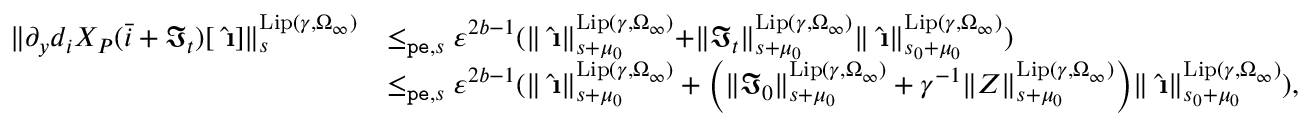
\begin{array} { r l } { \rVert \partial _ { y } d _ { i } X _ { P } ( \bar { i } + \mathfrak { I } _ { t } ) [ \hat { \textbf { \i } } ] \rVert _ { s } ^ { \mathrm { L i p } ( \gamma , \Omega _ { \infty } ) } } & { \le _ { \mathtt { p e } , s } \varepsilon ^ { 2 b - 1 } ( \rVert \hat { \textbf { \i } } \rVert _ { s + \mu _ { 0 } } ^ { \mathrm { L i p } ( \gamma , \Omega _ { \infty } ) } + \rVert \mathfrak { I } _ { t } \rVert _ { s + \mu _ { 0 } } ^ { \mathrm { L i p } ( \gamma , \Omega _ { \infty } ) } \rVert \hat { \textbf { \i } } \rVert _ { s _ { 0 } + \mu _ { 0 } } ^ { \mathrm { L i p } ( \gamma , \Omega _ { \infty } ) } ) } \\ & { \le _ { \mathtt { p e } , s } \varepsilon ^ { 2 b - 1 } ( \rVert \hat { \textbf { \i } } \rVert _ { s + \mu _ { 0 } } ^ { \mathrm { L i p } ( \gamma , \Omega _ { \infty } ) } + \left( \rVert \mathfrak { I } _ { 0 } \rVert _ { s + \mu _ { 0 } } ^ { \mathrm { L i p } ( \gamma , \Omega _ { \infty } ) } + \gamma ^ { - 1 } \rVert Z \rVert _ { s + \mu _ { 0 } } ^ { \mathrm { L i p } ( \gamma , \Omega _ { \infty } ) } \right) \rVert \hat { \textbf { \i } } \rVert _ { s _ { 0 } + \mu _ { 0 } } ^ { \mathrm { L i p } ( \gamma , \Omega _ { \infty } ) } ) , } \end{array}